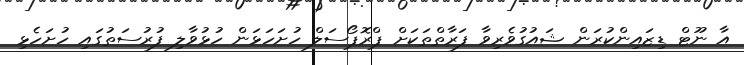
އާ ނޫޓް ޑިޒައިންކުރަން ޝައުގުވެރިވާ ފަރާތްތަކަށް ޕްރޮޕޯސަލް ހުށަހަޅަން ހުޅުވާލި ފުރުސަތުގައި ހުށަހެޅި